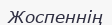
Жоспеннің